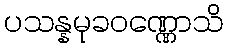
ပသန္နမုခဝဏ္ဏောသိ